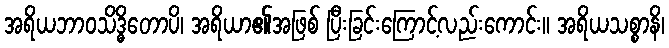
အရိယဘာဝသိဒ္ဓိတောပိ၊ အရိယာ၏အဖြစ် ပြီးခြင်းကြောင့်လည်းကောင်း။ အရိယသစ္စာနိ၊